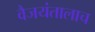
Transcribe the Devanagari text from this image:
वैजयंतालाच